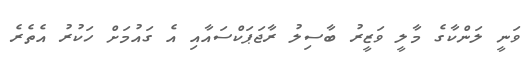
ވަނީ ލަންކާގެ މާލީ ވަޒީރު ބާސިލު ރާޖަޕަކްސައާއި އެ ގައުމަށް ހަކުރު އެތެރެ